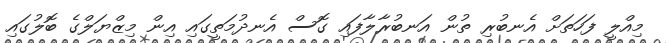
މިއްލީ ފަހަތަށް އެނބުރި ތުން އަނބުރާލާފައި ގޮސް އެނދުމަތީގައި އިން މިޒްޔަލްގެ ބޮލުގައި